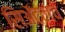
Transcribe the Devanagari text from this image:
सिॲटलचे